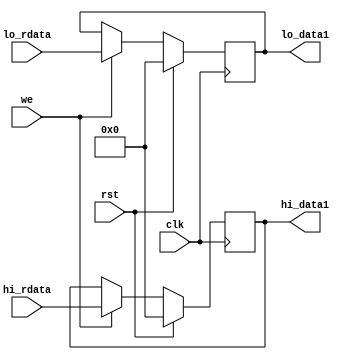
`timescale 1ns / 1ps



module hilo_reg(
    input wire clk, 
    input wire rst,
    input wire we,
    input wire [31:0] hi_rdata,
    input wire [31:0] lo_rdata,
    output reg [31:0] hi_data1,
    output reg [31:0] lo_data1
    );
    always @(posedge clk) begin
        if (rst) begin
            hi_data1<=32'b0;
            lo_data1<=32'b0;
        end
        else if (we ==1'b1)begin
            hi_data1 <= hi_rdata;
            lo_data1 <= lo_rdata;
        end
     end     
endmodule